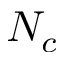
N _ { c }